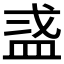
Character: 𬐜